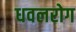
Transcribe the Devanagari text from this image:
धवलरोग